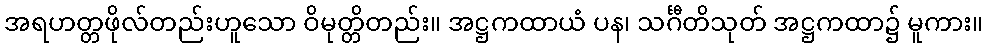
အရဟတ္တဖိုလ်တည်းဟူသော ဝိမုတ္တိတည်း။ အဋ္ဌကထာယံ ပန၊ သင်္ဂီတိသုတ် အဋ္ဌကထာ၌ မူကား။